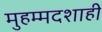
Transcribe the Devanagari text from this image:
मुहम्मदशाही